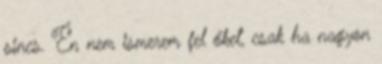
sincs. Én nem ismerem fel őket, csak ha nagyon